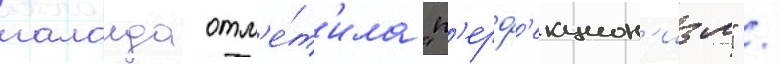
галаида отм'е́т'ила "п'ерф'екцион'изм" /